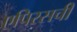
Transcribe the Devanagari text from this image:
एपिरसची